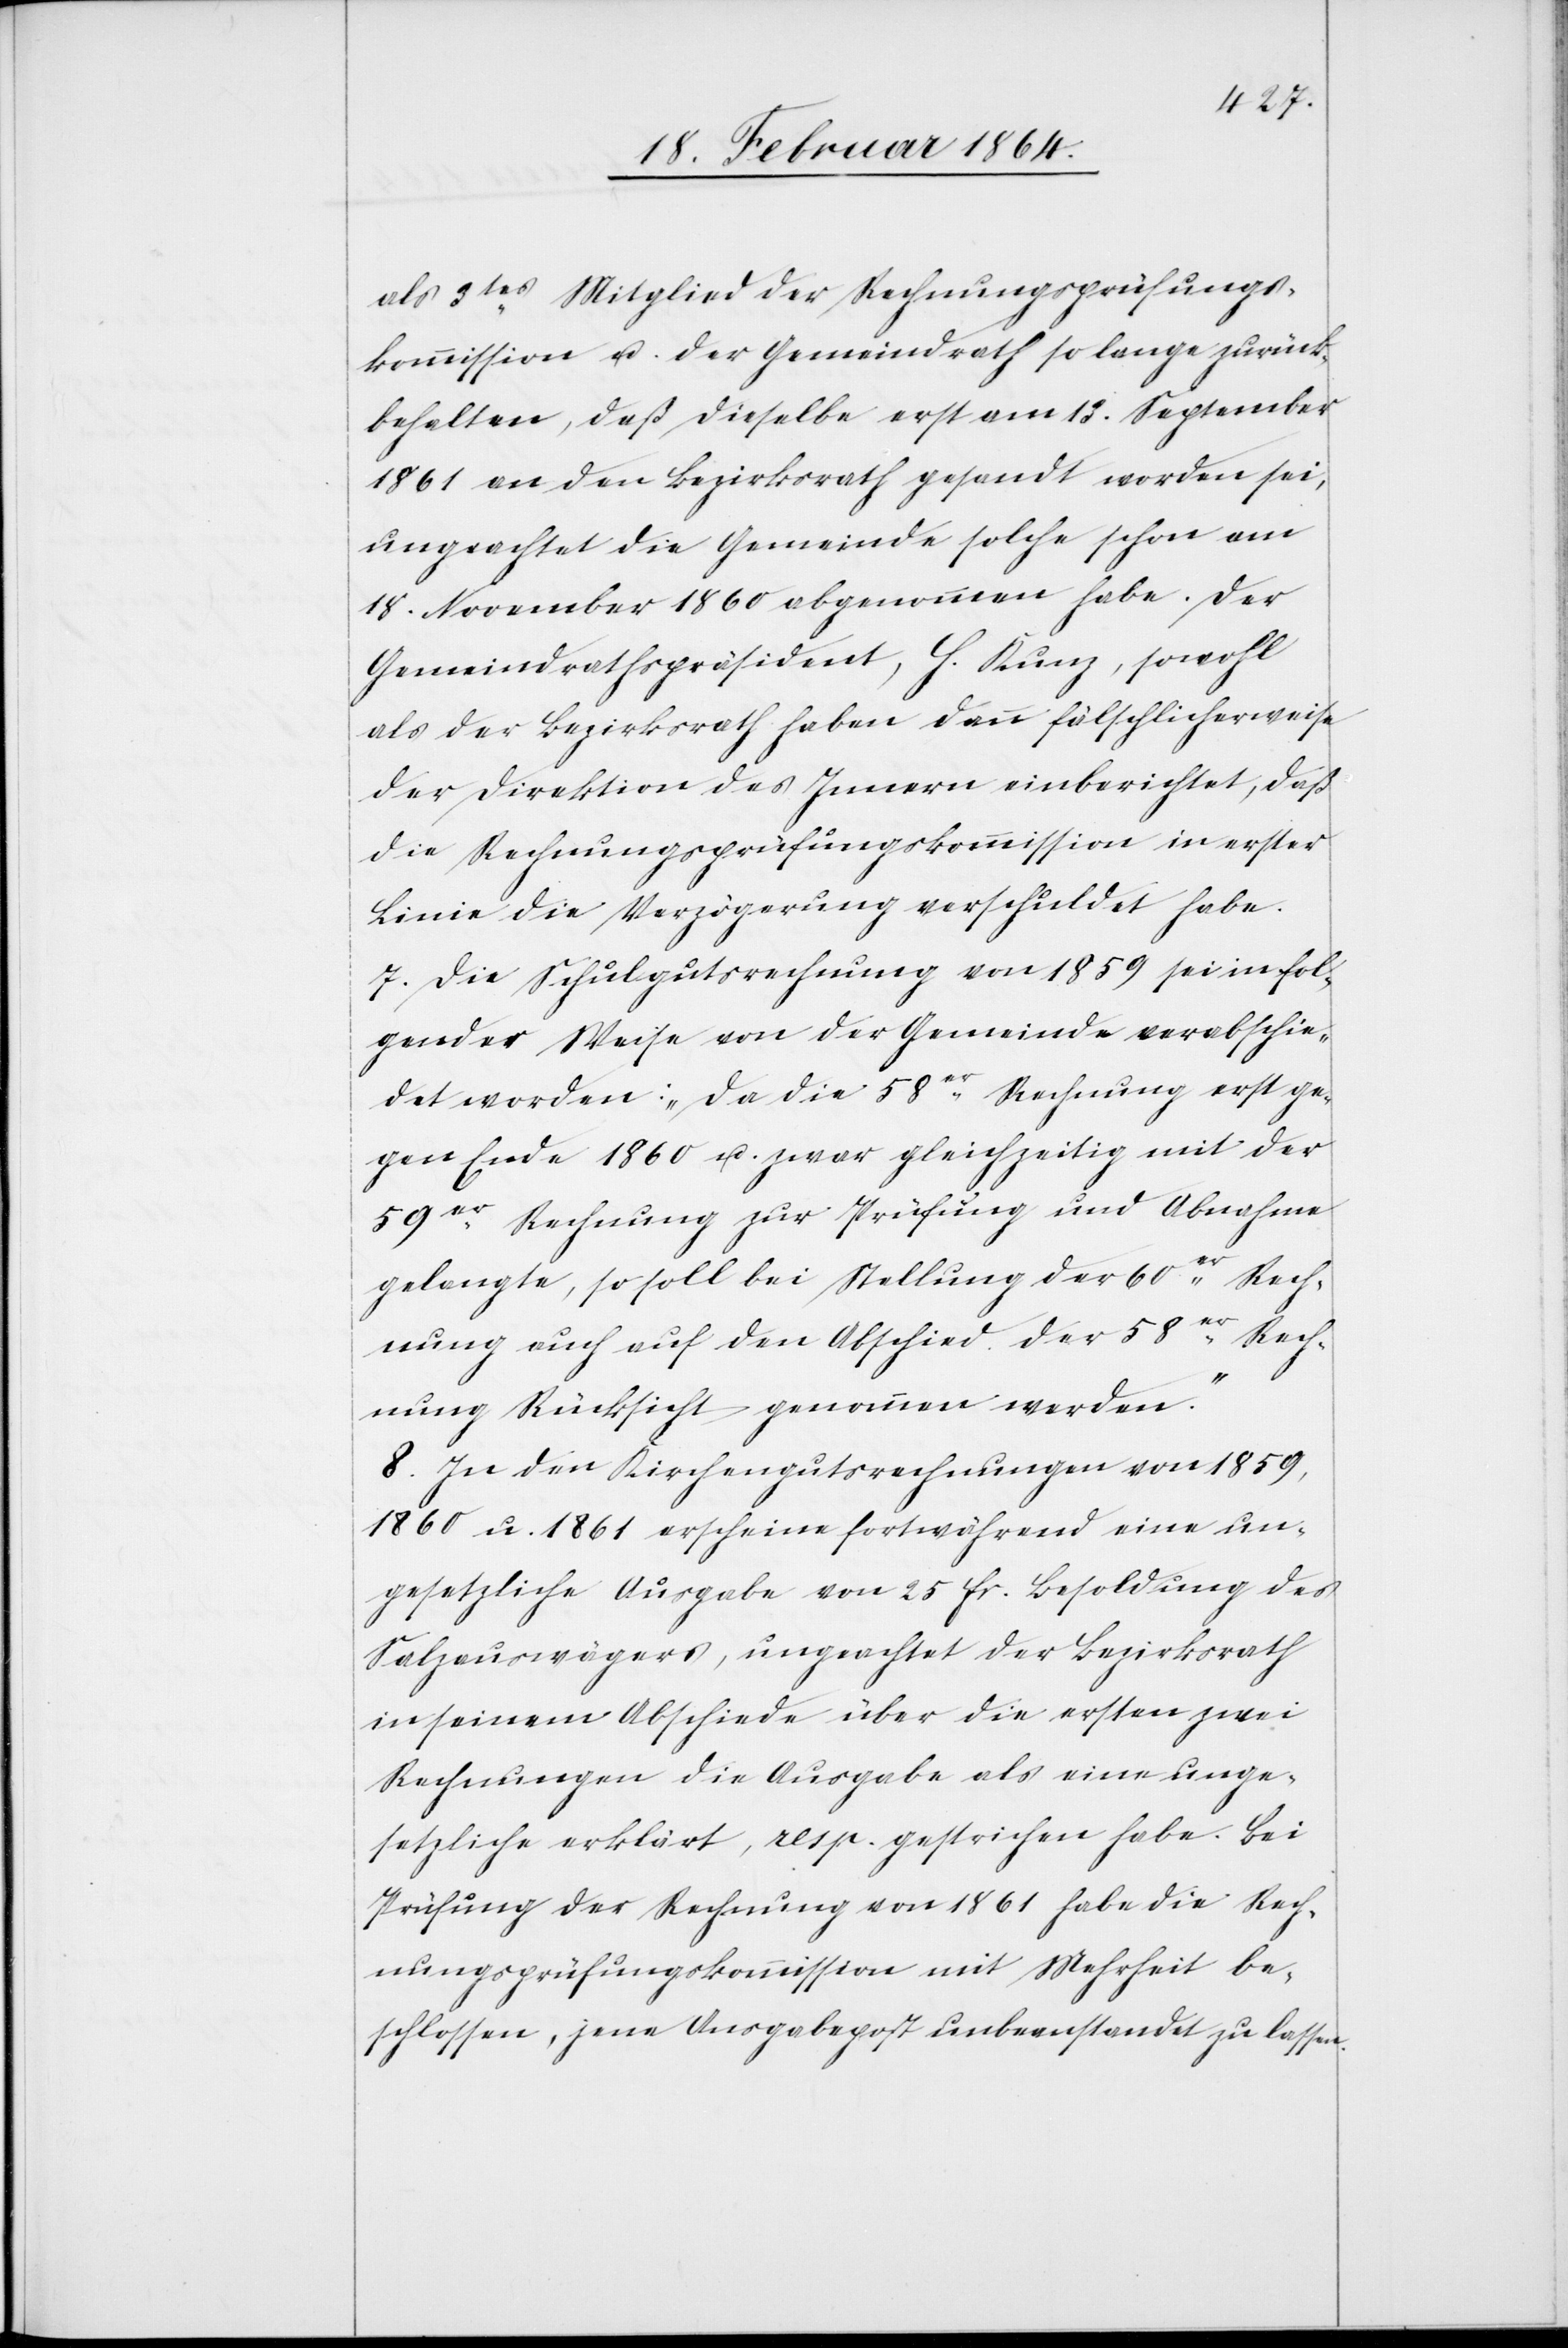
als 3tes Mitglied der Rechnungsprüfungs¬
kommission u. der Gemeindrath so lange zurück¬
behalten, daß dieselbe erst am 13. September
1861 an den Bezirksrath gesandt worden sei,
ungeachtet die Gemeinde solche schon am
18. November 1860 abgenommen habe. Der
Gemeindrathspräsident, H. Kunz, sowohl
als der Bezirksrath haben dann fälschlicherweise
der Direktion des Innern einberichtet, daß
die Rechnungsprüfungskommission in erster
Linie die Verzögerung verschuldet habe.
7. Die Schulgutsrechnung von 1859 sei in fol¬
gender Weise von der Gemeinde verabschie¬
det worden: „Da die 58er Rechnung erst ge¬
gen Ende 1860 u. zwar gleichzeitig mit der
59er Rechnung zur Prüfung und Abnahme
gelangte, so soll bei Stellung der 60er Rech¬
nung auch auf den Abschied der 58er Rech¬
nung Rücksicht genommen werden.“
8. In den Kirchengutsrechnungen von 1859,
1860 u. 1861 erscheinen fortwährend eine un¬
gesetzliche Ausgabe von 25 fr. Besoldung des
Salzauswägers, ungeachtet der Bezirksrath
in seinem Abschiede über die ersten zwei
Rechnungen die Ausgabe als eine unge¬
setzliche erklärt, resp. gestrichen habe. Bei
Prüfung der Rechnung von 1861 habe die Rech¬
nungsprüfungskommission mit Mehrheit be¬
schlossen, jene Ausgabepost unbeanstandet zu lassen.